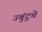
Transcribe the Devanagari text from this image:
उबुंटुचे